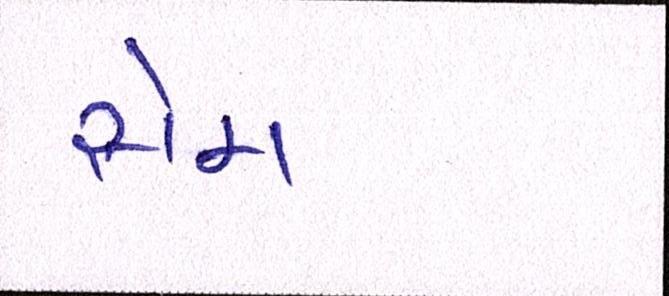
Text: સેમ